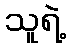
သူရဲ့